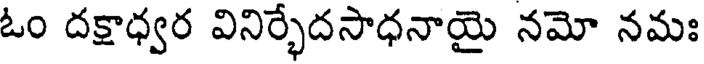
ఓం దక్షాధ్వర వినిర్భేదసాధనాయై నమో నమః